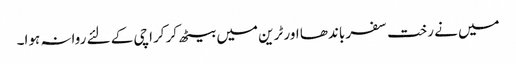
میں نے رخت سفر باندھا اور ٹرین میں بیٹھ کر کراچی کے لئے روانہ ہوا۔